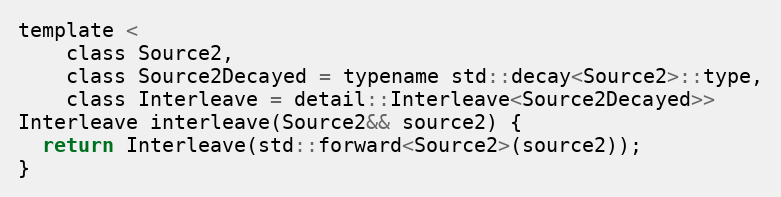
Language: C
template <
    class Source2,
    class Source2Decayed = typename std::decay<Source2>::type,
    class Interleave = detail::Interleave<Source2Decayed>>
Interleave interleave(Source2&& source2) {
  return Interleave(std::forward<Source2>(source2));
}